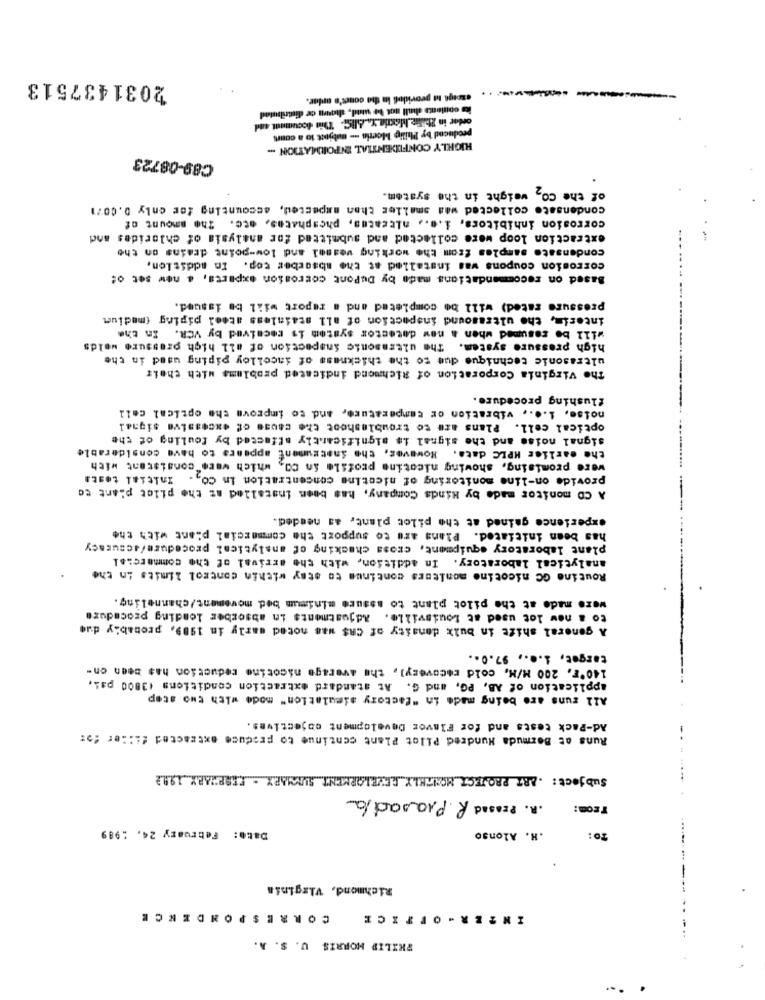
2031437513
czeige m providos in the cours's arlar.
its contents shall not be wund, shown ce distributed
order in ZbiFie Mextla. .. ABC. This document and
produced by Philip Morris -- subject to a court
HIGHLY CONFIDENTIAL INPORMATION -
C89-08723
of the CO, weight in the system.
condensato collected was smaller than mapected, accounting for only 0.0071
corrosion inhibitors, i.e ., nitrates, phosphates, etc. The amount of
extraction loop were collected and submitted for analysis of chlorides and
condensato samples from the working vessel and low-point drains on the
corrosion coupons was installed at the absorber cop. In addition,
Based on recommendations made by DuPont corrosion experts, a new set of
pressure rated) will be completed and a report will be issued.
interim, the ultrasound inspection of all stainless steel piping (medium
will be resumed when a new detector system is received by VCR. In the
high pressure system. The ultrasonic inspection of all high pressure welds
ultrasonic technique due to the thickness of iacelloy piping used in the
The Virginia Corporation of Richmond indicated problems with their
flushing procedure.
noise, i.e ., vibration or temperature, and to improve the optical cell
optical coll. Plans are to troubleshoot the cause of excessive signal
signal noise and the signal is significantly affected by fouling of the
the earlier HPLC data. However, the Snatrument appears to have considerable
were promising, showing nicotine profile in CO, which were"consistent with
provide on-line monitoring of nicotine concentration in Co .. Initial testa
A CD monitor made by Hinds Company, has been installed at the pilot plant to
experience gained at the pilot plant, as needed.
has been initiated. Plans are to support the commercial plant with the
plant laboratory equipment, cross checking of analytical procedure/accuracy
analytical laboratory. In addition, with the arrival of the commercial
Routine GC nicotine monitors continue to stay within control limits in the
were made at the pilot plant to assure minimum bed movement/channeling.
to a new lot used at Louisville. Adjustments in absorber loading procedure
A general shift in bulk density of CR$ was noted marly in 1989, probably due
target, i ..., 97.0 ..
140'F, 200 M/M, cold recovery], the average nicotine reduction has been on-
application of AB, PG, and G. At standard extraction conditions 13800 pal,
All runs are being made in "factory simulation" mode with two step
Ad-Pack tests and for Flavor Development objectives.
Runs at Bermuda Hundred Pilot Plant continue to produce extracted filler :>:
Subject : ART PROJECT MONTHLY REVELARMENT SUMMARY - FEBRUARY 1992
.R. Prasad R. Prasad/a
From:
Date: February 24. : 989
.H. Alonso
TO:
Richmond, Virginia
CORRESPONDENCE
INTER - OFFICE
PHILIP MORRIS U. S. A.
.